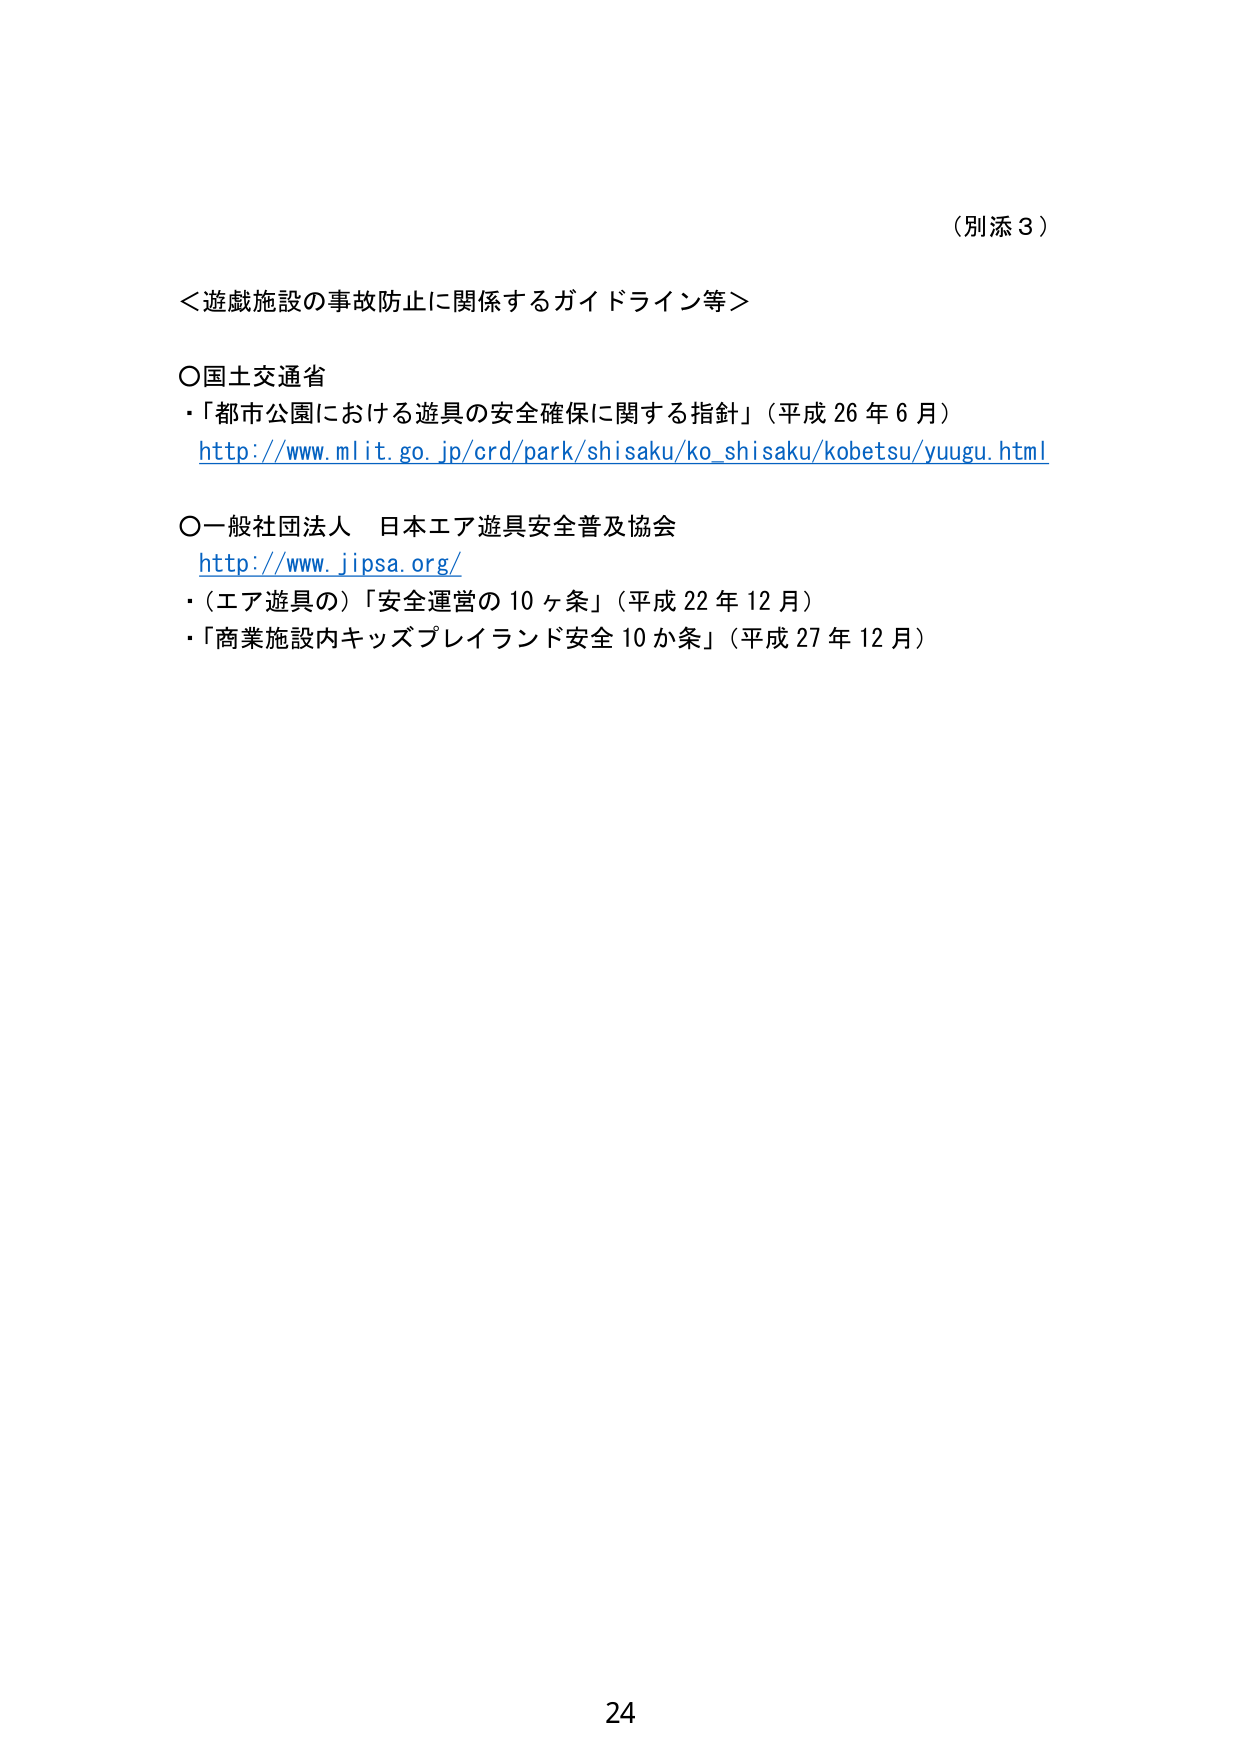
（別添３）

＜遊戯施設の事故防止に関係するガイドライン等＞

○国土交通省
・「都市公園における遊具の安全確保に関する指針」（平成26年6月）
http://www.mlit.go.jp/crd/park/shisaku/ko_shisaku/kobetsu/yuugu.html

○一般社団法人 日本エア遊具安全普及協会
http://www.jipsa.org/
・（エア遊具の）「安全運営の10ヶ条」（平成22年12月）
・「商業施設内キッズプレイランド安全10か条」（平成27年12月）

24